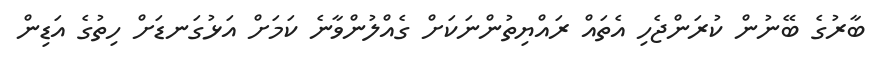
ބާރުގެ ބޭނުން ކުރަންޖެހި އެތައް ރައްޔިތުންނަކަށް ގެއްލުންވާނެ ކަމަށް އަޅުގަނޑަށް ހިތުގެ އަޑިން